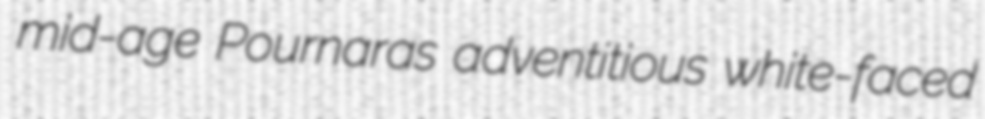
mid-age Pournaras adventitious white-faced